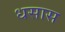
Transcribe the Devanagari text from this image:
धसास